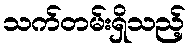
သက်တမ်းရှိသည့်